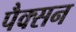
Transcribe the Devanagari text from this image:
पैक्सन